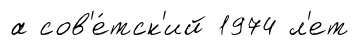
а сов'е́тск'ий 1974 л'ет